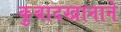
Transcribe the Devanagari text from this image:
कुबादखानाने